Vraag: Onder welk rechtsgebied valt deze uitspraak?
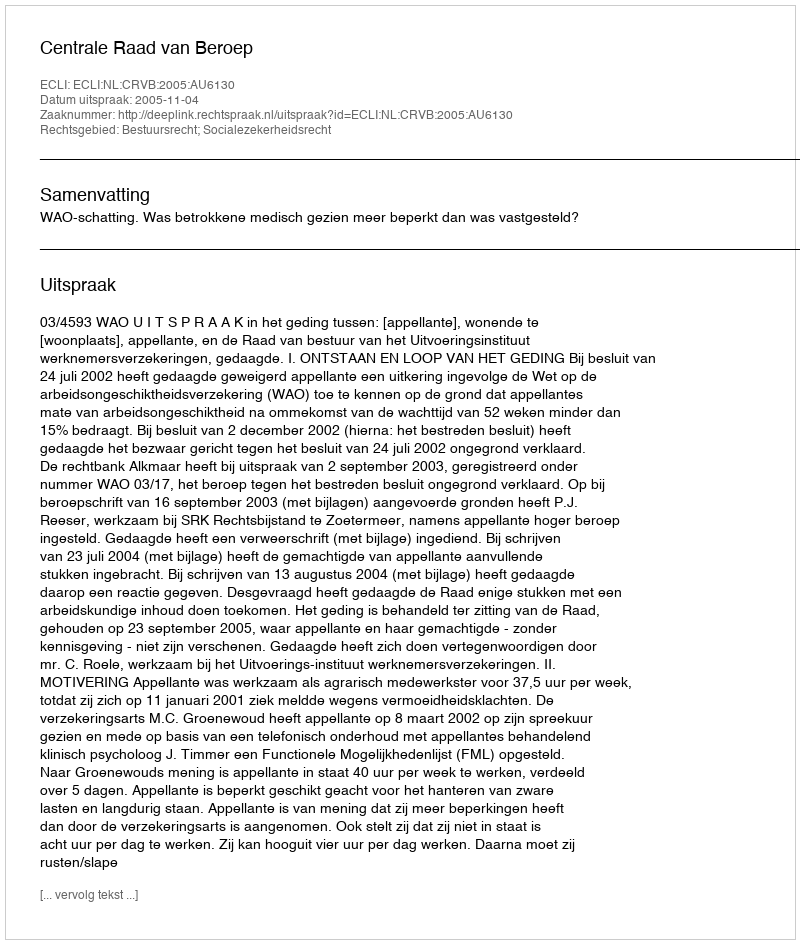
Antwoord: Bestuursrecht; Socialezekerheidsrecht